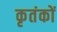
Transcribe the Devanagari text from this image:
कृतंकों